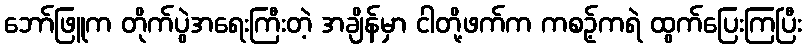
ဘော်ဖြူက တိုက်ပွဲအရေးကြီးတဲ့ အချိန်မှာ ငါတို့ဖက်က ကစဥ့်ကရဲ ထွက်ပြေးကြပြီး